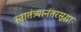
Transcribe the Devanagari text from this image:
स्वातंत्र्यानंतरसुद्धा